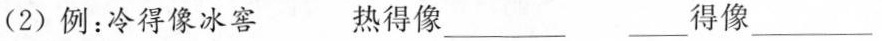
(2) 例：冷得像冰窖 热得像___ ___得像___